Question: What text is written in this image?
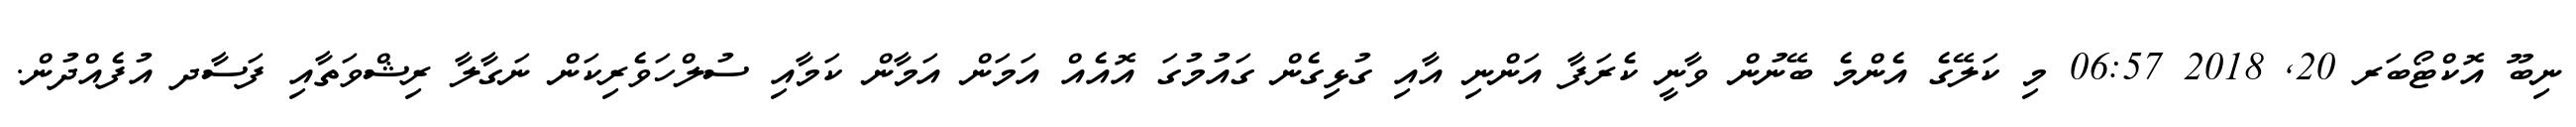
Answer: ނިބޫ އޮކްޓޯބަރ 20, 2018 06:57 މި ކަލޭގެ އެންމެ ބޭނުން ވާނީ ކެރަފާ އަންނި އާއި ގުޅިގެން ގައުމުގަ އޮއެއް އަމަން އަމާން ކަމާއި ސުލްހަވެރިކަން ނަގާލާ ރިޝްވަތާއި ފަސާދ އުފެއްދުން.